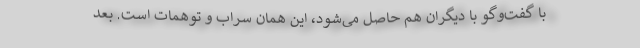
با گفت‌وگو با دیگران هم حاصل می‌شود، این همان سراب و توهمات است. بعد